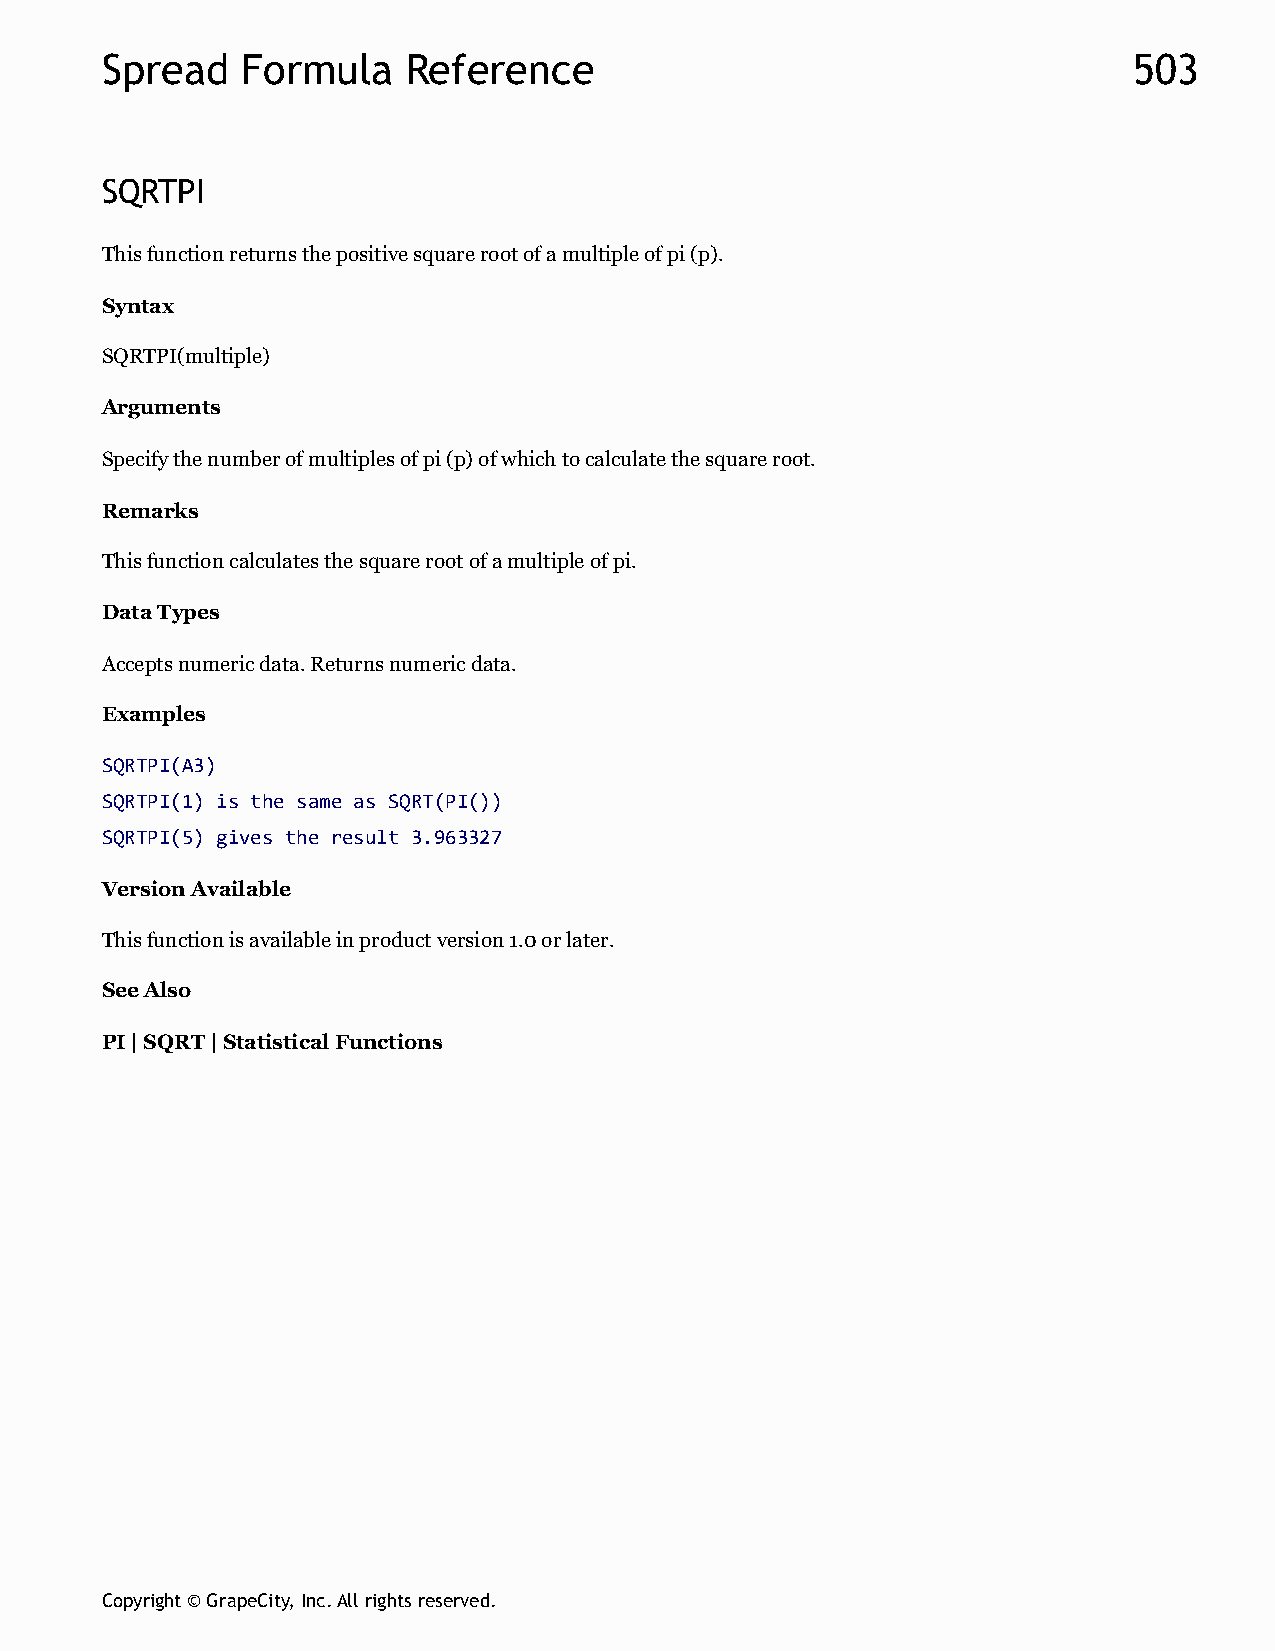
Spread   Formula    Reference                                       503
 SQRTPI
 This function returns the positive square root of a multiple of pi (p).
 Syntax
 SQRTPI(multiple)
 Arguments
 Specify the number of multiples of pi (p) of which to calculate the square root.
 Remarks
 This function calculates the square root of a multiple of pi.
 Data Types
 Accepts numeric data. Returns numeric data.
 Examples
 SQRTPI(A3)
 SQRTPI(1) is the same as SQRT(PI())
 SQRTPI(5) gives the result 3.963327
 Version Available
 This function is available in product version 1.0 or later.
 See Also
 PI | SQRT | Statistical Functions
 Copyright © GrapeCity, Inc. All rights reserved.